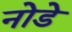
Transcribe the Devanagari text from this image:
नोडे